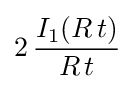
2\,{\frac {I_{1}(R\,t)}{R\,t}}